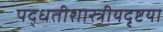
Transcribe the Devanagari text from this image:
पद्धतीशास्त्रीयदृष्टया